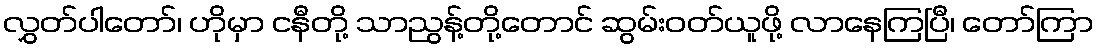
လွှတ်ပါတော်၊ ဟိုမှာ ငနီတို့ သာညွန့်တို့တောင် ဆွမ်းဝတ်ယူဖို့ လာနေကြပြီ၊ တော်ကြာ